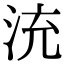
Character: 㳘